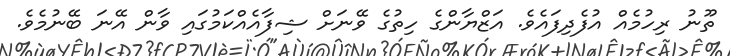
ތޫނު ރިހުމެއް އުފެދިފައެވެ. އަޒްޔާންގެ ހިތުގެ ވޭނަށް ޝިފާއެއްކަމުގައި ވާން އޭނަ ބޭނުމެވެ.